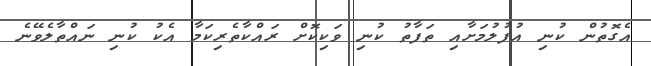
އެގޮތުން ކުނި އުފުލުމަށާއި ތަފާތު ކުނި ވަކިކޮށް ރައްކާތެރިކަމާ އެކު ކުނި ނައްތާލެވޭނެ